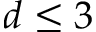
d \le 3